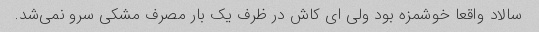
سالاد واقعا خوشمزه بود ولی ای کاش در ظرف یک بار مصرف مشکی سرو نمی‌شد.